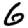
Digit: 6